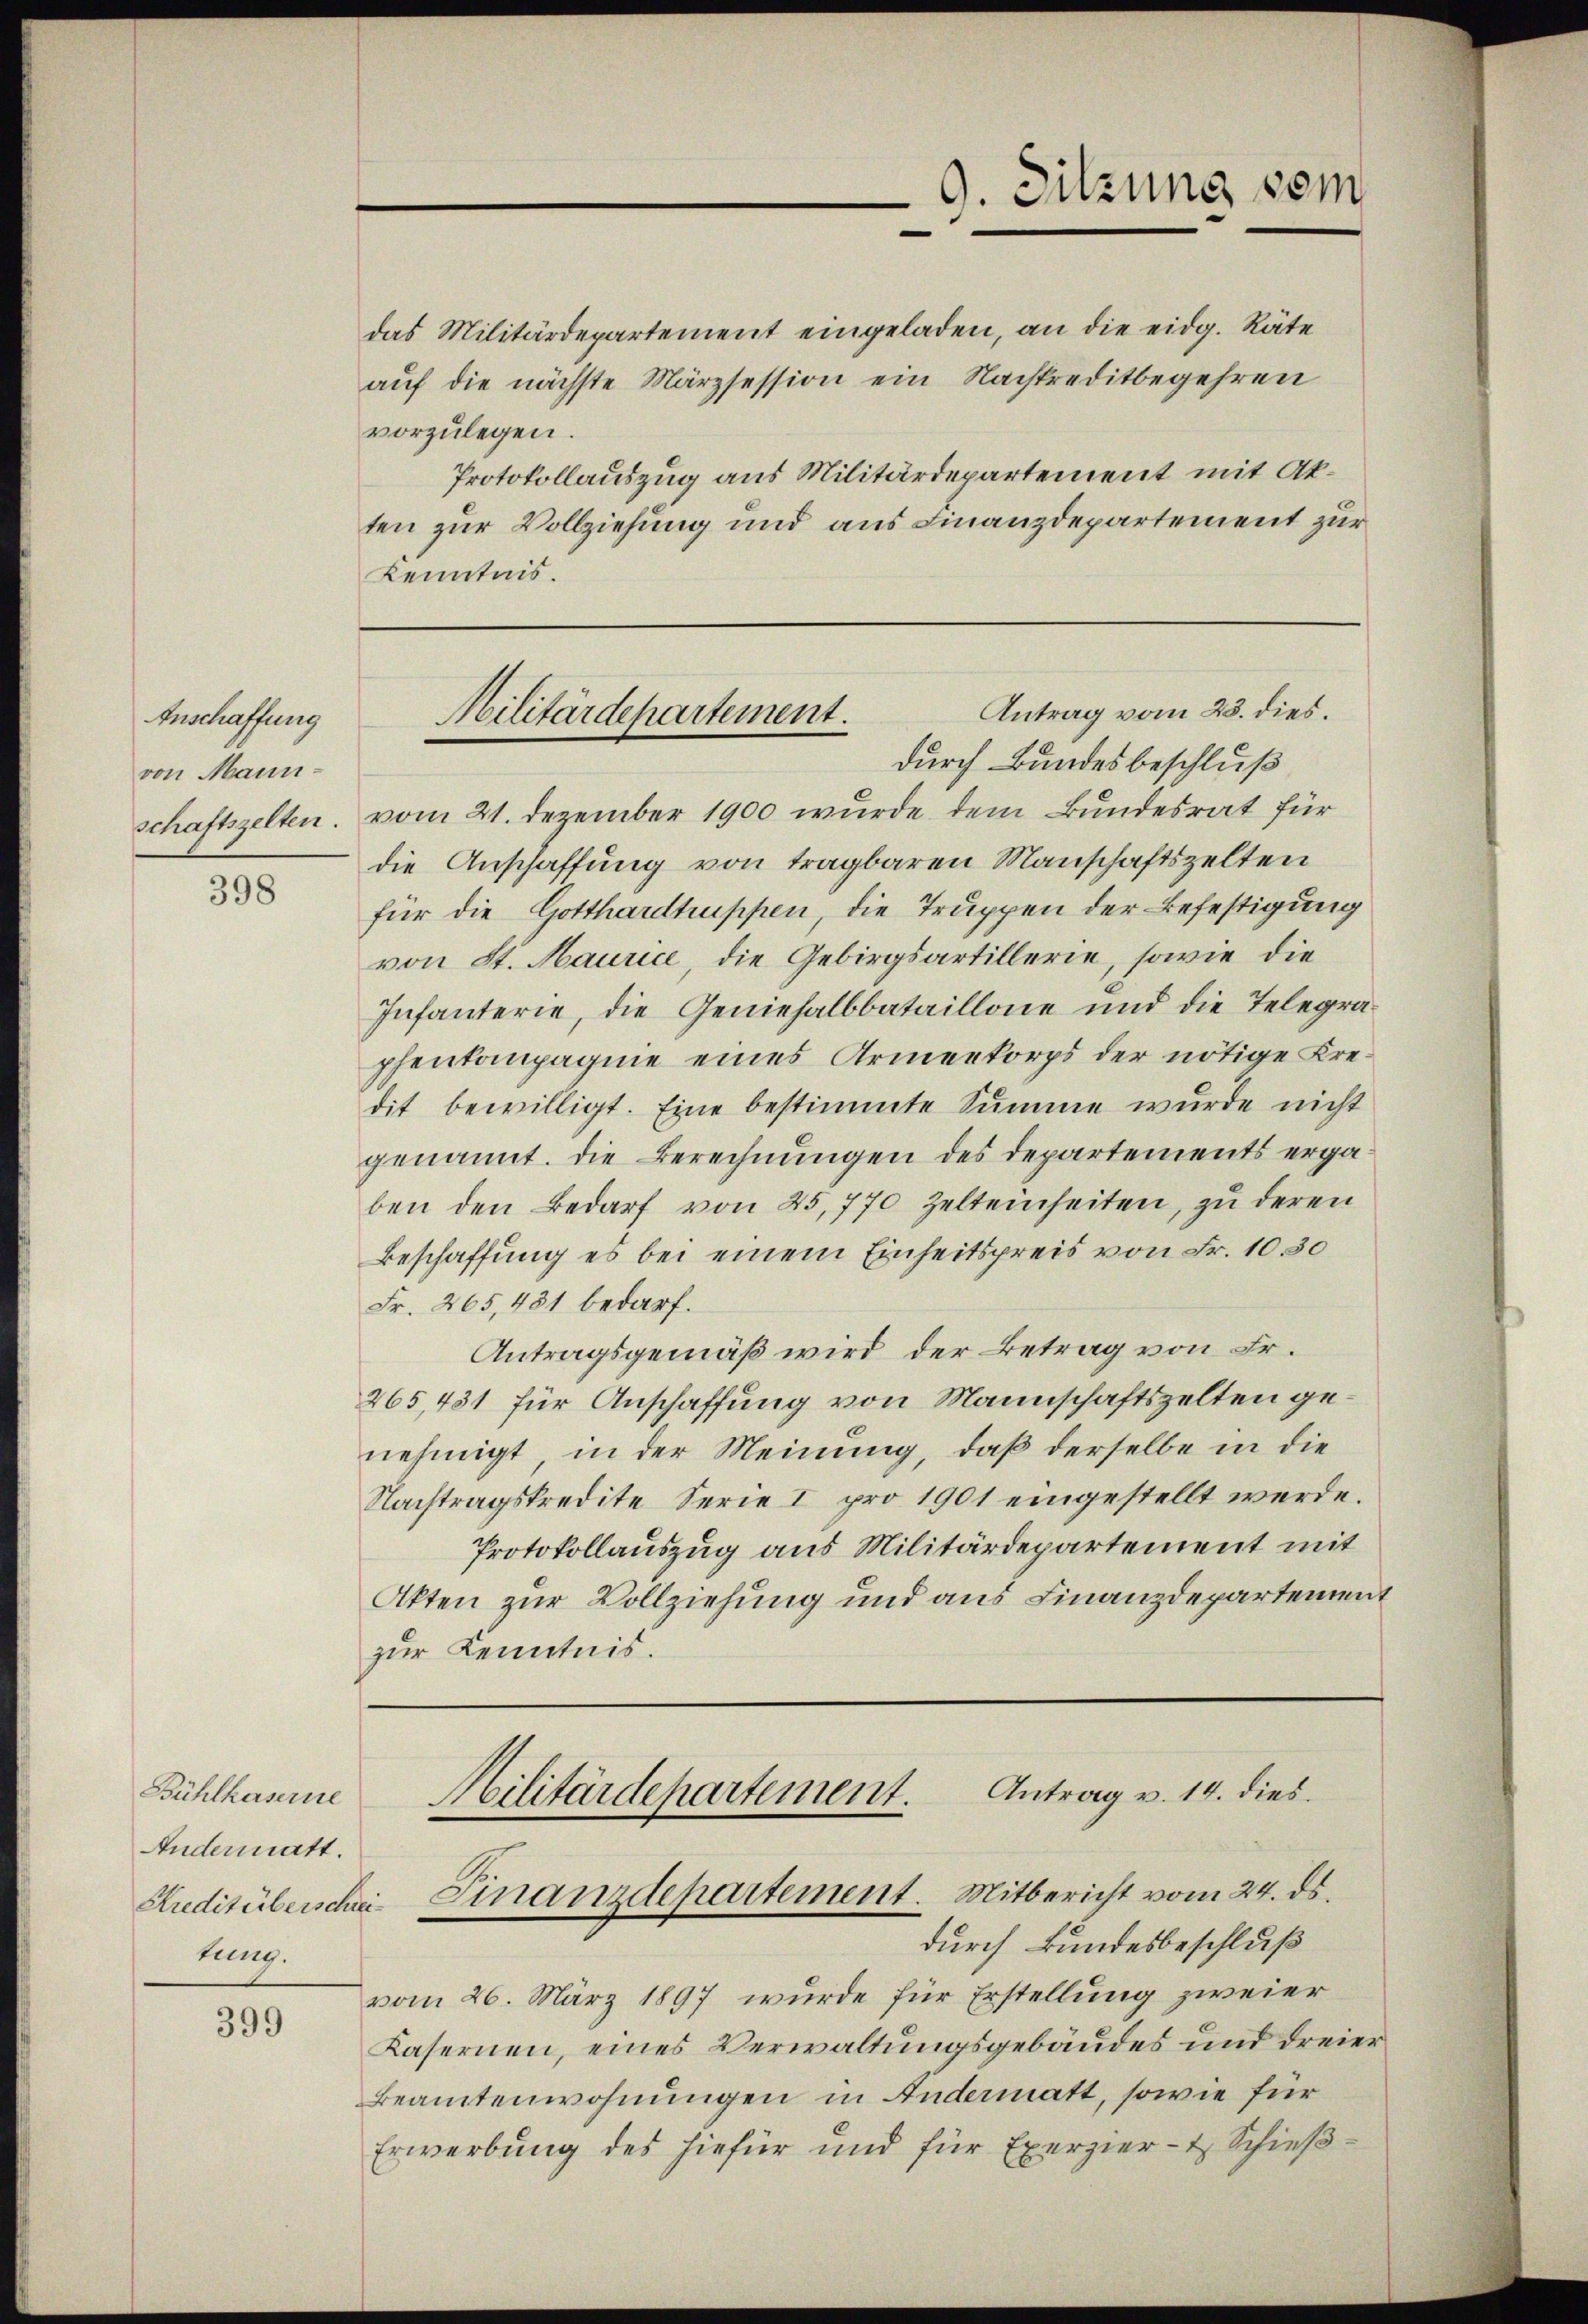
Anschaffung
von Mann¬

398

Bühlhaserne
Andermatt.
Kreditüberschreitung.

399

das Militärdepartement eingeladen, an die eidg. Räte
auf die nächste Märzsession ein Nachtreditbegehren
vorzŭlegen.
Protokollauszug aus Militärdepartement mit Akten zur Vollziehung und aus Finanzdepartement zur
Kenntnis.

schaftszelten. vom 21. Dezember 1900 wurde dem Bundesrat für
die Anschaffung von tragbaren Manschaftszelten
für die Gotthardtruppen, die Truppen der Befestigung
von St. Maurice, die Gebirgsartillerie, sowie die
Infanterie, die Geniehalbbataillone und die Telegraphentanpagnie eines Armenkorps der nötige Kredit bewilligt. Eine bestimmte Summe wurde nicht
genannt. Die Berechnungen des Departements ergaben den Bedarf von 25,770 Zelteinheiten, zu deren
Beschaffung es bei einem Einheitspreis von Fr. 10. 30
Fr. 265,481 bedarf.
Antragsgemäß wird der Betrag von Fr.
265,431 für Anschaffung von Mannschaftszelten genehmigt, in der Meinung, daß derselbe in die
Nachtragskredite Serie I pro 1901 eingestellt werde.
Protokollauszug aus Militärdepartement mit
Akten zur Vollziehung und aus Finanzdepartement
zur Kenntnis.

9. Sitzung vom

Antrag vom 23. dies.
Militärdepartement.
durch Bundesbeschluß

Antrag v. 14. dies
Militärdepartement.
Finanzdepartement. Mitbericht vom 24. ds.

durch Bundesbeschluß
vom 26. März 1897 wurde für Erstellung zweier
Kasernen, eines Verwaltungsgebäudes und dreier
Beamtenwohnungen in Andermatt, sowie für
Erwerbung des hiefür und für Exerzier- & Schieß¬